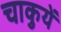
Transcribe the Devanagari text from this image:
चाकुयें